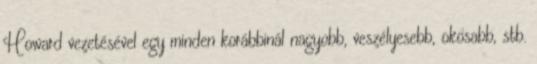
Howard vezetésével egy minden korábbinál nagyobb, veszélyesebb, okosabb, stb.